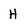
Character: H